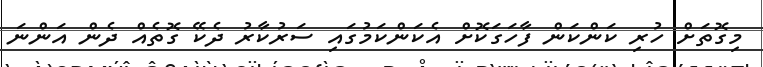
މިގޮތަށް ހުރި ކަންކަން ފާހަގަކޮށް އެކަންކަމުގައި ސަރުކާރު ދެކޭ ގޮތެއް ދެން އަންނަ